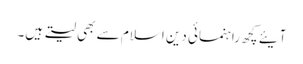
آیئے کچھ راہنمائی دین اسلام سے بھی لیتے ہیں۔